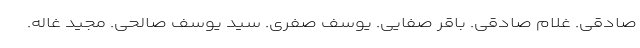
صادقی. غلام صادقی. باقر صفایی. یوسف صفری. سید یوسف صالحی. مجید غاله.